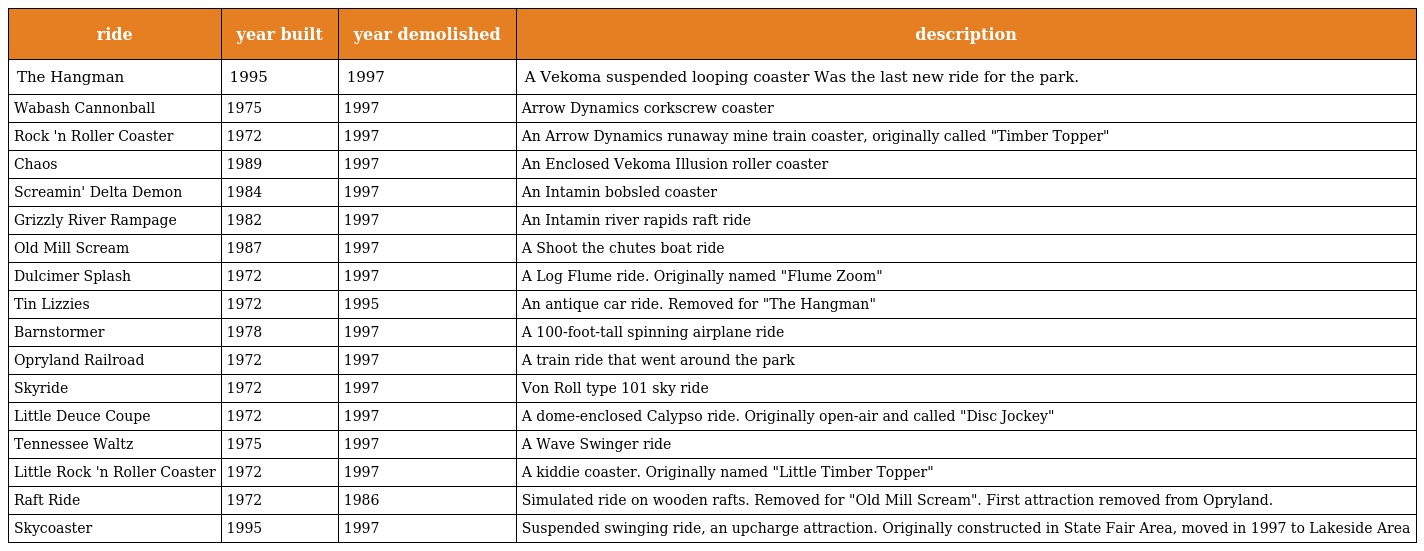
| ride | year built | year demolished | description |
 | --- | --- | --- | --- |
 | The Hangman | 1995 | 1997 | A Vekoma suspended looping coaster Was the last new ride for the park. |
 | Wabash Cannonball | 1975 | 1997 | Arrow Dynamics corkscrew coaster |
 | Rock 'n Roller Coaster | 1972 | 1997 | An Arrow Dynamics runaway mine train coaster, originally called "Timber Topper" |
 | Chaos | 1989 | 1997 | An Enclosed Vekoma Illusion roller coaster |
 | Screamin' Delta Demon | 1984 | 1997 | An Intamin bobsled coaster |
 | Grizzly River Rampage | 1982 | 1997 | An Intamin river rapids raft ride |
 | Old Mill Scream | 1987 | 1997 | A Shoot the chutes boat ride |
 | Dulcimer Splash | 1972 | 1997 | A Log Flume ride. Originally named "Flume Zoom" |
 | Tin Lizzies | 1972 | 1995 | An antique car ride. Removed for "The Hangman" |
 | Barnstormer | 1978 | 1997 | A 100-foot-tall spinning airplane ride |
 | Opryland Railroad | 1972 | 1997 | A train ride that went around the park |
 | Skyride | 1972 | 1997 | Von Roll type 101 sky ride |
 | Little Deuce Coupe | 1972 | 1997 | A dome-enclosed Calypso ride. Originally open-air and called "Disc Jockey" |
 | Tennessee Waltz | 1975 | 1997 | A Wave Swinger ride |
 | Little Rock 'n Roller Coaster | 1972 | 1997 | A kiddie coaster. Originally named "Little Timber Topper" |
 | Raft Ride | 1972 | 1986 | Simulated ride on wooden rafts. Removed for "Old Mill Scream". First attraction removed from Opryland. |
 | Skycoaster | 1995 | 1997 | Suspended swinging ride, an upcharge attraction. Originally constructed in State Fair Area, moved in 1997 to Lakeside Area |